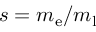
s = m _ { \mathrm { e } } / m _ { \mathrm { l } }